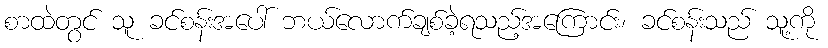
စာထဲတွင် သူ ခင်စန်းအပေါ် ဘယ်လောက်ချစ်ခဲ့ရသည့်အကြောင်း၊ ခင်စန်းသည် သူ့ကို